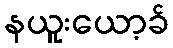
နယူးယော့ခ်